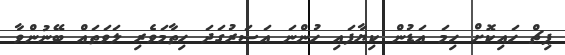
ޕިޗް ހައިކޮށް ހިމަ އަޑުން ކިޔާފައި ހުންނަ އަސަރުގަދަ ހިތާމަވެރި ލަވަތައް ބޭނުންވާ